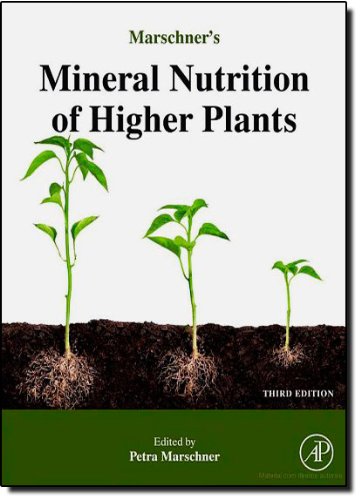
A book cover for Marschner's Mineral Nutrition of Higher Plants, Third Edition; Horst Marschner; Science & Math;